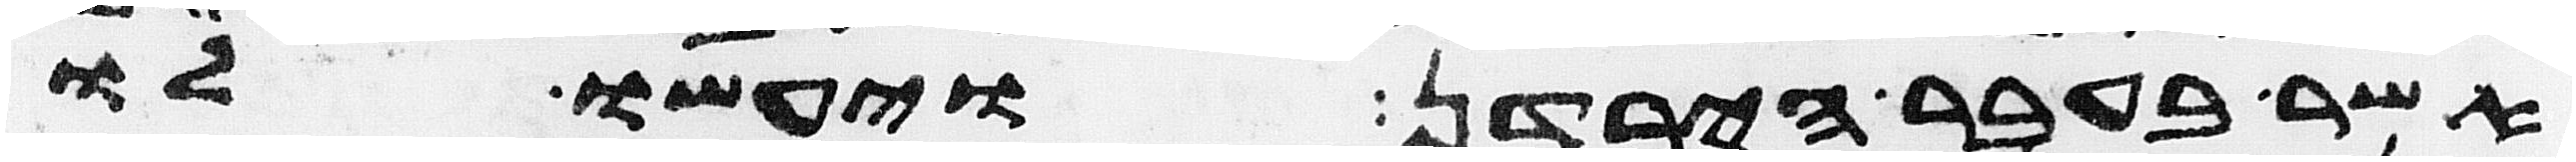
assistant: אשר בעבר הירדן ויעשו לו